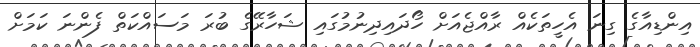
އިންޑިއާގެ ގިނަ އެހީތަކެއް ރާއްޖެއަށް ހޯދައިދިނުމުގައި ޝަހާރޭގެ ބުރަ މަސައްކަތް ފެންނަ ކަމަށް